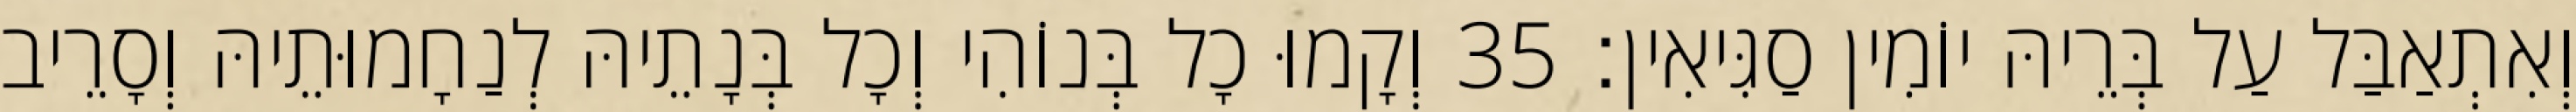
וְאִתְאַבַּל עַל בְּרֵיהּ יוֹמִין סַגִּיאִין׃ 35 וְקָמוּ כָל בְּנוֹהִי וְכָל בְּנָתֵיהּ לְנַחָמוּתֵיהּ וְסָרֵיב